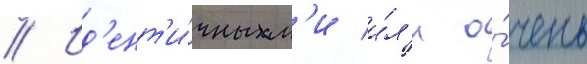
// Ид'ент'и́чным'и и́л'и о́чень